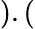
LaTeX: ).(